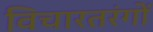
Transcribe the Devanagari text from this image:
विचारतरंगों